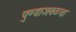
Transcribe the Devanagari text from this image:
पुण्याजवळचा